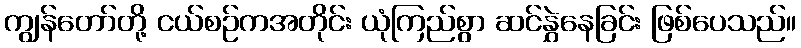
ကျွန်တော်တို့ ငယ်စဉ်ကအတိုင်း ယုံကြည်စွာ ဆင်နွှဲနေခြင်း ဖြစ်ပေသည်။